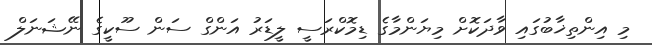
މި އިންތިޚާބުގައި ވާދަކޮށް މިޔަންމާގެ ޑިމޮކްރަސީ ލީޑަރު އަންގް ސަން ސޫކީގެ ނޭޝަނަލް